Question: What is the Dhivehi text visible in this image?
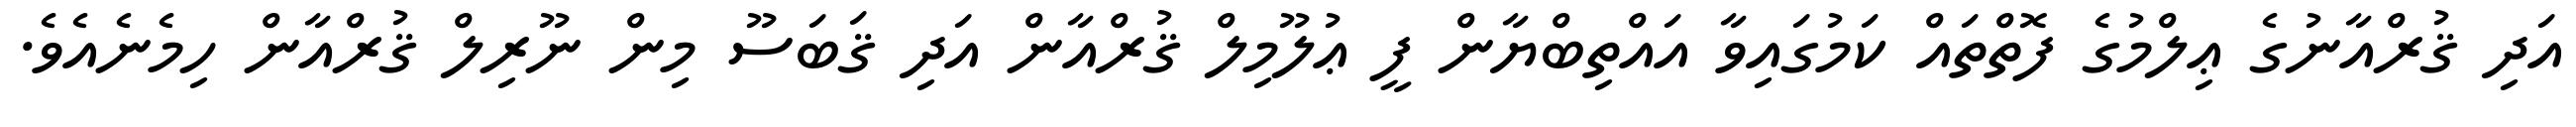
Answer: އަދި ޤުރްއާނުގެ ޢިލްމުގެ ފޮތްތައް ކަމުގައިވާ އައްތިބްޔާން ފީ ޢުލޫމިލް ޤުރްއާން އަދި ޤަބަސޫ މިން ނޫރިލް ޤުރްއާން ހިމެނެއެވެ.